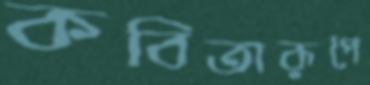
কবিতারূপে